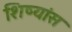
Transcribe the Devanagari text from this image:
शिष्यांस